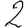
Digit: 2